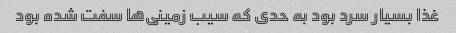
غذا بسیار سرد بود به حدی که سیب زمینی‌ها سفت شده بود